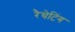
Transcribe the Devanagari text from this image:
रैचेटिंग